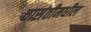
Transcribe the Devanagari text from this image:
वासंतीमधील